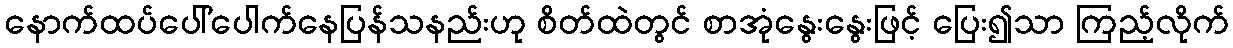
နောက်ထပ်ပေါ်ပေါက်နေပြန်သနည်းဟု စိတ်ထဲတွင် စာအုံနွေးနွေးဖြင့် ပြေး၍သာ ကြည့်လိုက်